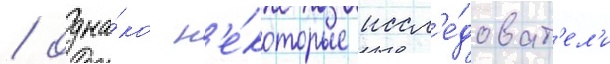
/ одна́ко н'е́которые иссл'е́доват'ел'и